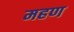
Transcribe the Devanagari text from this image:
महण